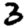
Digit: 3